Report on sanitation, dispensaries, and jails in Rajputana for 1921, and on vaccination for the year 1921-1922 - 1921-1922
Year: 1921
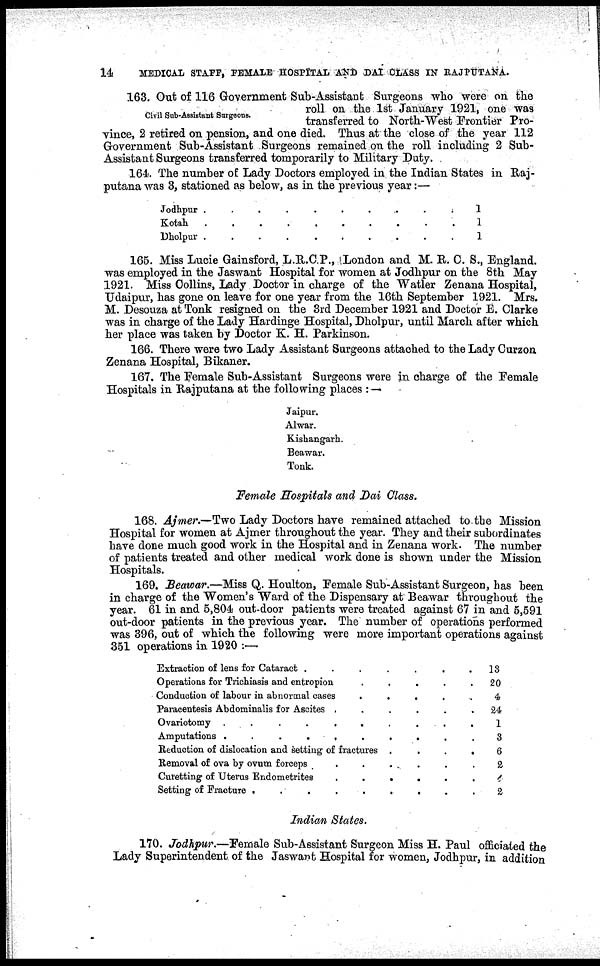
14
MEDICAL STAFF, FEMALE HOSPITAL AND DAI CLASS IN RAJPUTANA.
Civil Sub-Assistant Surgeons.
163. Out of 116 Government Sub-Assistant Surgeons who were on the
roll on the 1st January 1921, one was
transferred to North-West Frontier Pro-
vince, 2 retired on pension, and one died. Thus at the close of the year 112
Government Sub-Assistant Surgeons remained on the roll including 2 Sub-
Assistant Surgeons transferred tomporarily to Military Duty.
164. The number of Lady Doctors employed in the Indian States in Raj¬
putana was 3, stationed as below, as in the previous year:—
Jodhpur..........
Kotah..........
Dholpur..........
1
1
1
165. Miss Lucie Gainsford, L.R.C.P., London and M. R. C. S., England.
was employed in the Jaswant Hospital for women at Jodhpur on the 8th May
1921. Miss Collins, Lady Doctor in charge of the Watler Zenana Hospital,
Udaipur, has gone on leave for one year from the 16th September 1921. Mrs.
M. Desouza at Tonk resigned on the 3rd December 1921 and Doctor E. Clarke
was in charge of the Lady Hardinge Hospital, Dholpur, until March after which
her place was taken by Doctor K. H. Parkinson.
166. There were two Lady Assistant Surgeons attached to the Lady Curzon
Zenana Hospital, Bikaner.
167. The Female Sub-Assistant Surgeons were in charge of the Female
Hospitals in Rajputana at the following places : —
Jaipur.
Alwar.
Kishangarh.
Beawar.
Tonk.
Female Hospitals and Dai Class.
168. Ajmer.—Two Lady Doctors have remained attached to the Mission
Hospital for women at Ajmer throughout the year. They and their subordinates
have done much good work in the Hospital and in Zenana work. The number
of patients treated and other medical work done is shown under the Mission
Hospitals.
169. Beawar.—Miss Q. Houlton, Female Sub-Assistant Surgeon, has been
in charge of the Women's Ward of the Dispensary at Beawar throughout the
year. 61 in and 5,804 out-door patients were treated against 67 in and 5,591
out-door patients in the previous year. The number of operations performed
was 396, out of which the following were more important operations against
351 operations in 1920 :—
Extraction of lens for Cataract
.......
Operations for Trichiasis and entropion
.....
Conduction of labour in abnormal oases
.....
Paracentesis Abdominalis for Ascites
......
Ovariotomy ..........
Amputations ..........
Reduction of dislocation and setting of fractures
....
Removal of ova by ovum forceps......
Curetting of Uterus Endometrites
......
Setting of Fracture .........
13
20
4
24
1
3
6
2
4
2
Indian States.
170. Jodhpur.—Female Sub-Assistant Surgeon Miss H. Paul officiated the
Lady Superintendent of the Jaswant Hospital for women, Jodhpur, in addition